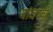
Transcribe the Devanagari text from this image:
यांवरचे